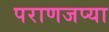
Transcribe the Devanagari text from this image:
पराणजप्या